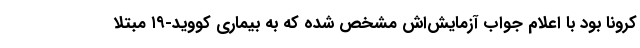
کرونا بود با اعلام جواب آزمایش‌اش مشخص شده که به بیماری کووید-۱۹ مبتلا